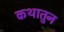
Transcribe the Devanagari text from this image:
कथातुन